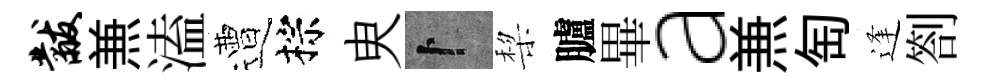
黻𠔥溘遭棕㬰卜棃臚畢a𠔥匋逢劄